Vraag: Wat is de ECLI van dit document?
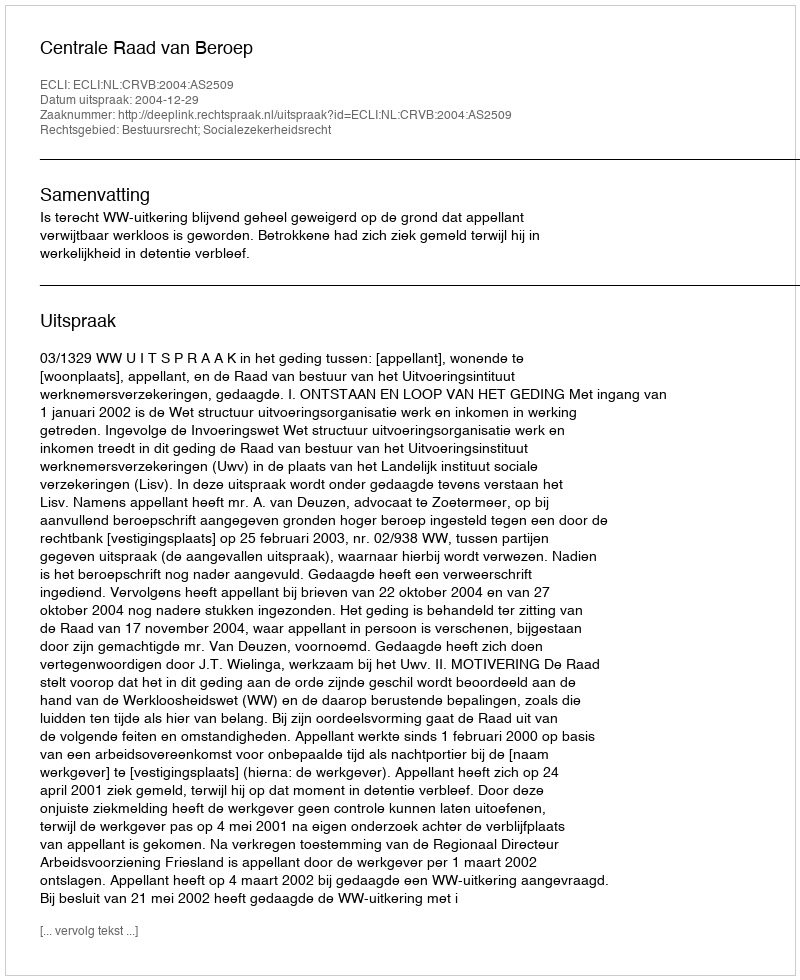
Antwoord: ECLI:NL:CRVB:2004:AS2509